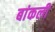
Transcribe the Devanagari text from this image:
बांकली